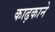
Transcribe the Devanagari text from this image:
काढ़काने